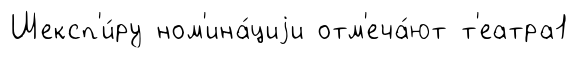
Шексп'и́ру ном'ина́циjи отм'еча́ют т'еатра1